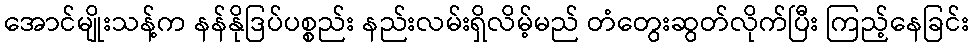
အောင်မျိုးသန့်က နန်နိုဒြပ်ပစ္စည်း နည်းလမ်းရှိလိမ့်မည် တံတွေးဆွတ်လိုက်ပြီး ကြည့်နေခြင်း